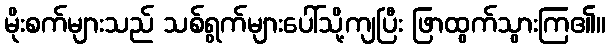
မိုးစက်များသည် သစ်ရွက်များပေါ်သို့ကျပြီး ဖြာထွက်သွားကြ၏။